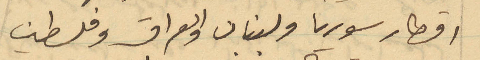
اقطار سوريا ولبنان والعراق وفلسطين